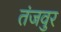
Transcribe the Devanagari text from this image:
तंजवुर